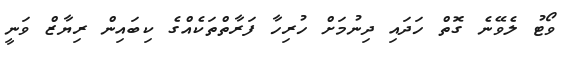
ވޯޓު ލެވޭނެ ގޮތް ހަދައި ދިނުމަށް ހުރިހާ ފަރާތްތަކެއްގެ ކިބައިން ރިޔާޒް ވަނީ